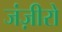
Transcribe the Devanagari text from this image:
जंज़ीरो